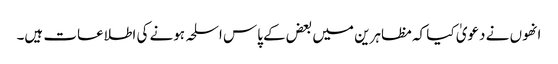
انھوں نے دعویٰ کیا کہ مظاہرین میں بعض کے پاس اسلحہ ہونے کی اطلاعات ہیں۔